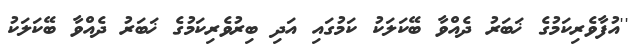
''އުފާވެރިކަމުގެ ޚަބަރު ދެއްވާ ބޭކަލަކު ކަމުގައި އަދި ބިރުވެރިކަމުގެ ޚަބަރު ދެއްވާ ބޭކަލަކު